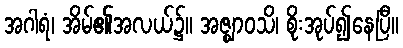
အဂါရံ၊ အိမ်၏အလယ်၌။ အဇ္ဈာဝသိ၊ စိုးအုပ်၍နေပြီ။